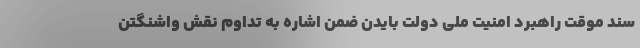
سند موقت راهبرد امنیت ملی دولت بایدن ضمن اشاره به تداوم نقش واشنگتن